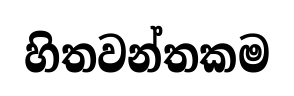
හිතවන්තකම